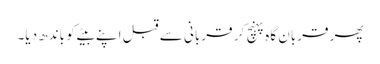
پھر قربان گاہ پہنچ کر قربانی سے قبل اپنے بیٹے کو باندھ دیا۔